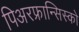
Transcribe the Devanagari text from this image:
पिअरफ्रान्सिस्को